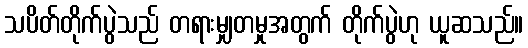
သပိတ်တိုက်ပွဲသည် တရားမျှတမှုအတွက် တိုက်ပွဲဟု ယူဆသည်။